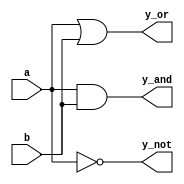
module simple_continuous_assignment (
    input wire a,      // Input signal a
    input wire b,      // Input signal b
    output wire y_and, // Output for AND operation
    output wire y_or,  // Output for OR operation
    output wire y_not   // Output for NOT operation on a
);

// Continuous assignment for AND operation
assign y_and = a & b;

// Continuous assignment for OR operation
assign y_or = a | b;

// Continuous assignment for NOT operation
assign y_not = ~a;

endmodule